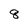
Character: 8